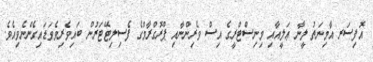
އޮފިސަރ އާމިނަތު ލީނާ ޢަލީއާއި މިނިސްޓްރީގެ އިސް ވެރިންނާއި ޕްރޮގްރާމްގެ ފެސިލިޓޭޓަރުން ބައިވެރިވެވަޑައިގެންނެވިއެވެ.